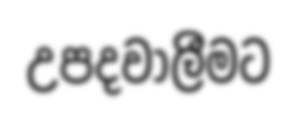
උපදවාලීමට